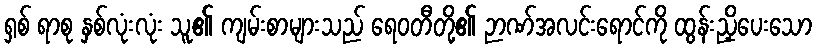
ရှစ် ရာစု နှစ်လုံးလုံး သူ၏ ကျမ်းစာများသည် ရေဝတီတို့၏ ဉာဏ်အလင်းရောင်ကို ထွန်းညှိပေးသော